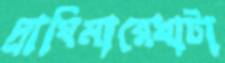
দ্রাঘিমারেখাটা